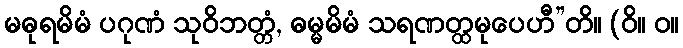
မဓုရမိမံ ပဂုဏံ သုဝိဘတ္တံ, ဓမ္မမိမံ သရဏတ္ထမုပေဟီ”တိ။ (ဝိ။ ဝ။